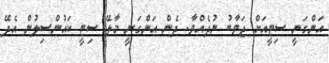
އަންގަނީ ސިޓީއަށް ޖަވާބު ނުދެއްވާ. ދެން އަންގަނީ މާލޭ ސިޓީ ކައުންސިލުން އެދޭ